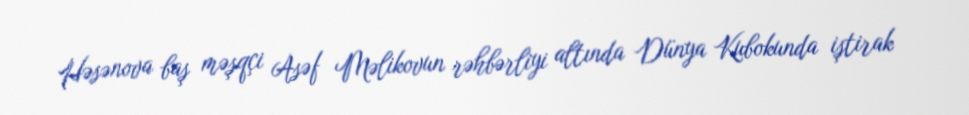
Həsənova baş məşqçi Asəf Məlikovun rəhbərliyi altında Dünya Kubokunda iştirak